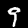
Digit: 9